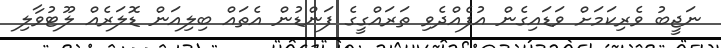
ނަޖީބު ވެރިކަމަށް ވަޑައިގެން އުފެއްދެވި ތަރައްގީގެ ފަންޑުން އެތައް ބިލިއަން ޑޮލަރެއް ލޫޓުވާލި